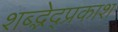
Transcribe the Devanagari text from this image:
शब्द्भेद्प्रकाश